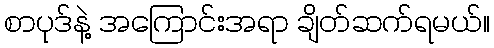
စာပုဒ်နဲ့ အကြောင်းအရာ ချိတ်ဆက်ရမယ်။